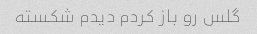
گلس رو باز کردم دیدم شکسته